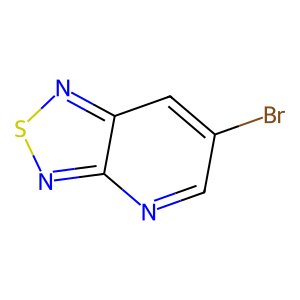
SMILES: Brc1cnc2nsnc2c1
Inhibits HIV replication: No